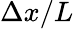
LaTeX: \Delta x/L